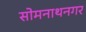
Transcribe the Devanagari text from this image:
सोमनाथनगर